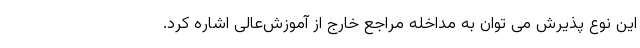
این نوع پذیرش می توان به مداخله مراجع خارج از آموزش‌عالی اشاره کرد.